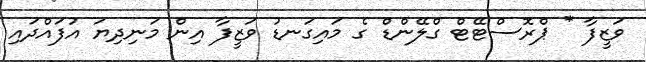
ވަޒީފާ * ޕްރޮސްޓޭޓް ގްލޭންޑް ގެ މައިގަނޑު ވަޒީފާ އިން މަނިދިޔަ އުފައްދައި